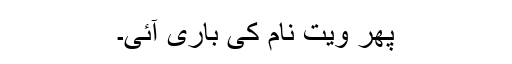
پھر ویت نام کی باری آئی۔